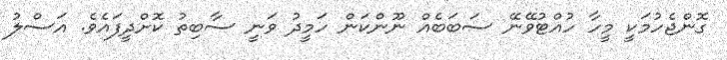
ގޮންޖެހުމަކީ މީހާ ހުއްޓުވޭނޭ ސަބަބެއް ނޫންކަން ހަމީދު ވަނީ ސާބިތު ކޮށްދީފައެވެ. އަސްލު